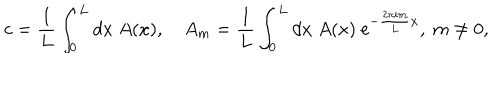
LaTeX: c = \frac { 1 } { L } \int _ { 0 } ^ { L } d x \ A ( x ) , \quad A _ { m } = \frac { 1 } { L } \int _ { 0 } ^ { L } d x \ A ( x ) \ \mathrm { e } ^ { - \frac { 2 \pi i m } { L } x } , \ m \neq 0 ,